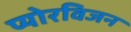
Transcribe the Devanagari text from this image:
प्योरविजन